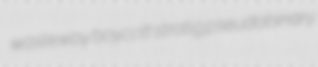
wasteway boycott stratig pseudobinary